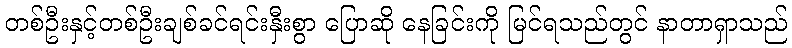
တစ်ဦးနှင့်တစ်ဦးချစ်ခင်ရင်းနှီးစွာ ပြောဆို နေခြင်းကို မြင်ရသည်တွင် နာတာရှာသည်